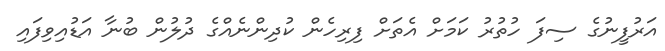
އަރުފީނުގެ ސިފަ ހުތުރު ކަމަށް އެތަށް ފިރިހެން ކުދިންނެއްގެ ދުލުން ބުނާ އަޑުއިވިފައި